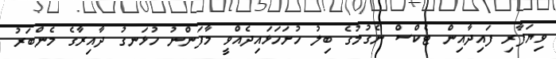
ވިޔަފާރި ފައިދާއިން ޓެކްސް ނެގުމުގެ ބިލު ހުށަހަޅައިދެއްވީ މާފަންނު ހުޅަނގު ދާއިރާގެ މެންބަރު